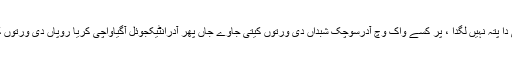
عامَ طور تے اس پرکار دے واکاں دی بنتر توں حکم جاں بینتی دا پتہ نہیں لگدا ، پر کسے واک وچ آدرسوچک شبداں دی ورتوں کیتی جاوے جاں پھر آدرانٹیکجوئل آگیاواچی کریا روپاں دی ورتوں کیتی جاوے تاں واکاں دا بینتیواچک سروپ مقررہ ہو جاندا اے ۔